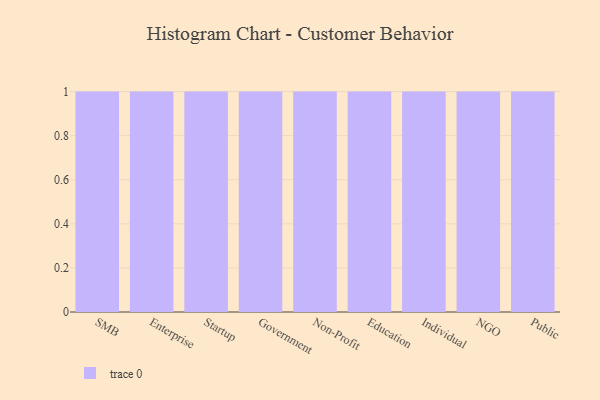
{"axis": {"x": "Segment", "y": "Churn Rate (%)"}, "legend": [""], "data": [{"x": "SMB", "y": 59, "type": ""}, {"x": "Enterprise", "y": 42, "type": ""}, {"x": "Startup", "y": 68, "type": ""}, {"x": "Government", "y": 25, "type": ""}, {"x": "Non-Profit", "y": 7, "type": ""}, {"x": "Education", "y": 17, "type": ""}, {"x": "Individual", "y": 90, "type": ""}, {"x": "NGO", "y": 8, "type": ""}, {"x": "Public", "y": 19, "type": ""}]}